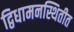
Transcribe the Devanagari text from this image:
द्विधामनस्थितीत